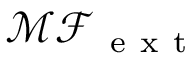
\boldsymbol { \mathcal { M } } \boldsymbol { \mathcal F } _ { \mathrm { ~ e ~ x ~ t ~ } }